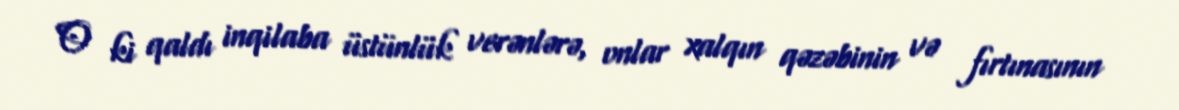
O ki qaldı inqilaba üstünlük verənlərə, onlar xalqın qəzəbinin və fırtınasının